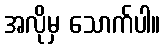
အလိုမှ သောက်ပါ။